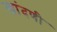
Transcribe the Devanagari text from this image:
खांदणी